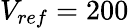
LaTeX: V_{ref}=200